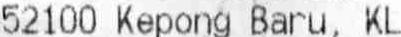
52100 KEPONG BARU, KL